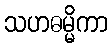
သဟဓမ္မိကာ